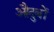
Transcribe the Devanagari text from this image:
औदुबों